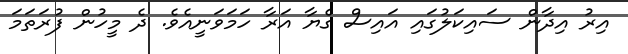
އިރު އިދާން ސައިކަލުގައި އަައިސް ގެޔާ އަރާ ހަމަވަނީއެވެ. ދެ މީހުން ފުރަތަމަ